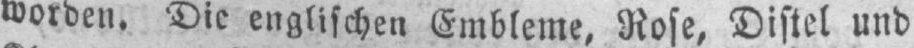
worden. Die englischen Embleme, Rose, Distel und